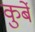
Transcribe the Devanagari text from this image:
कुर्बे